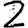
Digit: 2